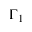
\Gamma _ { 1 }